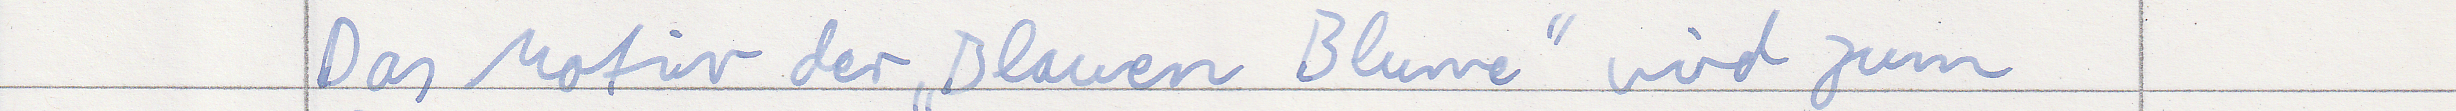
Das Motiv der "Blauen Blume" wird zum